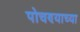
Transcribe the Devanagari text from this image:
पोचण्याच्या